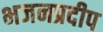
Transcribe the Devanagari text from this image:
भजनप्रदीप